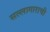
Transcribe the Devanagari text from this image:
सल्लागाराची